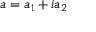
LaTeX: a = a _ { 1 } + i a _ { 2 }